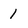
Character: 1